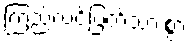
ကြည်လင်ပြတ်သားစွာ